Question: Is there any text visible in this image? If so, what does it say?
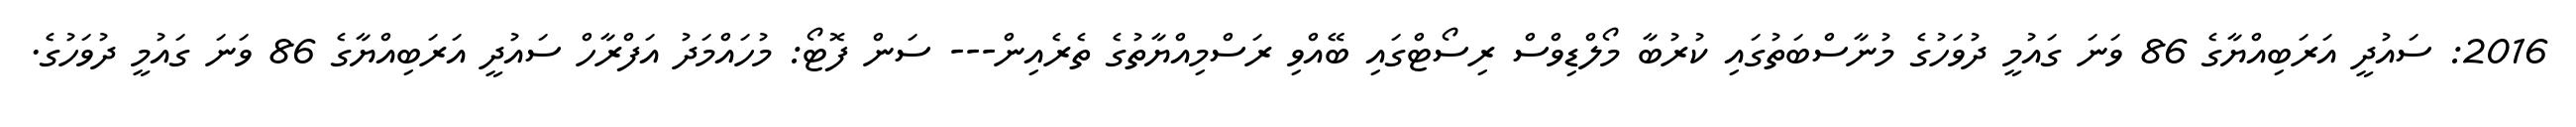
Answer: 2016: ސައުދީ އަރަބިއްޔާގެ 86 ވަނަ ގައުމީ ދުވަހުގެ މުނާސްބަތުގައި ކުރުބާ މޯލްޑިވްސް ރިސޯޓްގައި ބޭއްވި ރަސްމިއްޔާތުގެ ތެރެއިން--- ސަން ފޮޓޯ: މުހައްމަދު އަފްރާހް ސައުދީ އަރަބިއްޔާގެ 86 ވަނަ ގައުމީ ދުވަހުގެ.